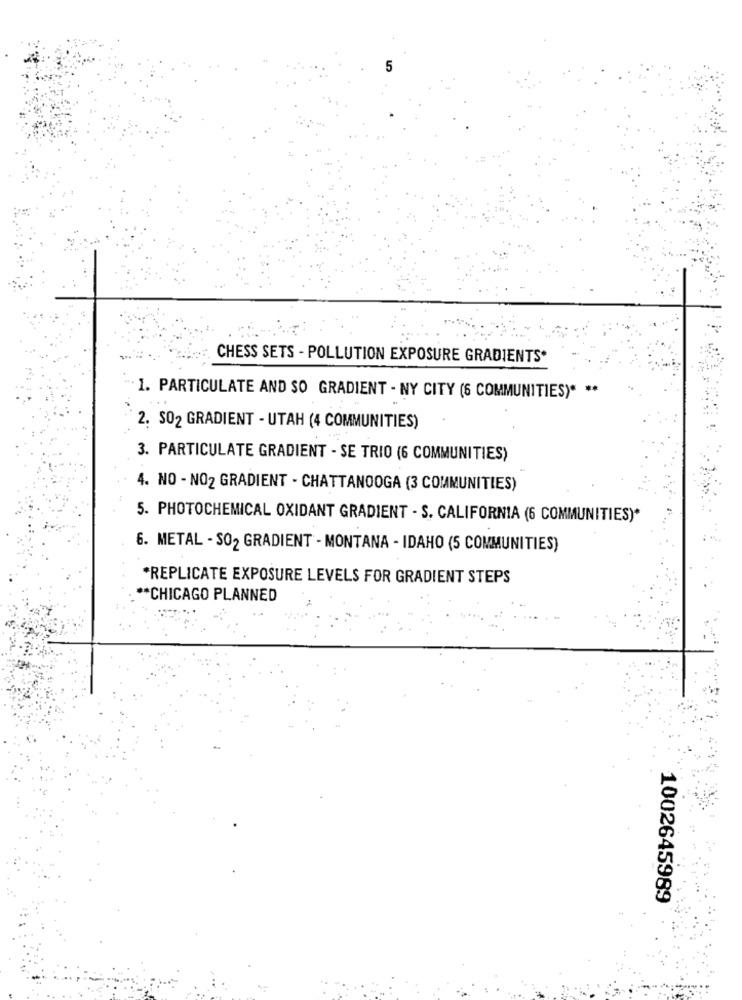
CHESS SETS - POLLUTION EXPOSURE GRADIENTS*
1. PARTICULATE AND SO GRADIENT - NY CITY (6 COMMUNITIES)* **
2. SO2 GRADIENT - UTAH (4 COMMUNITIES)
3. PARTICULATE GRADIENT - SE TRIO (6 COMMUNITIES)
4. NO - NO2 GRADIENT - CHATTANOOGA (3 COMMUNITIES)
5. PHOTOCHEMICAL OXIDANT GRADIENT - S. CALIFORNIA (6 COMMUNITIES)*
6. METAL - SO2 GRADIENT - MONTANA - IDAHO (5 COMMUNITIES)
*REPLICATE EXPOSURE LEVELS FOR GRADIENT STEPS
** CHICAGO PLANNED
1002645989